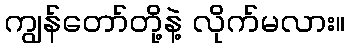
ကျွန်တော်တို့နဲ့ လိုက်မလား။